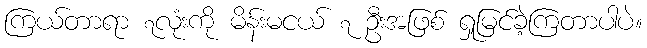
ကြယ်တာရာ ၇လုံးကို မိန်းမငယ် ၇ ဦးအဖြစ် ရှုမြင်ခဲ့ကြတာပါပဲ။